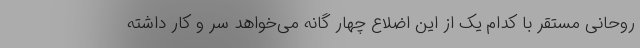
روحانی مستقر با کدام یک از این اضلاع چهار گانه می‌خواهد سر و کار داشته